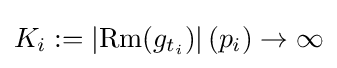
K_{i}:=\left|\operatorname {Rm} (g_{t_{i}})\right|(p_{i})\rightarrow \infty